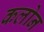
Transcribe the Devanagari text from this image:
कलोन